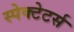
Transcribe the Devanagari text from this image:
स्पेक्टेटर्स